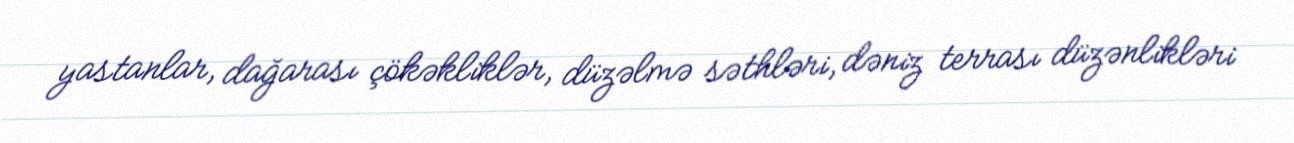
yastanlar, dağarası çökəkliklər, düzəlmə səthləri, dəniz terrası düzənlikləri